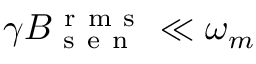
\gamma B _ { \mathrm { ~ s ~ e ~ n ~ } } ^ { \mathrm { ~ r ~ m ~ s ~ } } \ll \omega _ { m }